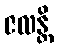
ဇလန္တိ